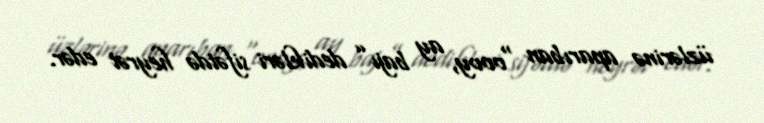
üzlərinə aparıban “oooy, ay bajı” dedikləri sifətdə heyrət edər.